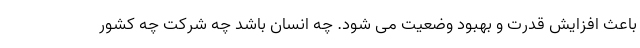
باعث افزایش قدرت و بهبود وضعیت می شود. چه انسان باشد چه شرکت چه کشور